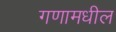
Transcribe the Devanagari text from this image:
गणामधील